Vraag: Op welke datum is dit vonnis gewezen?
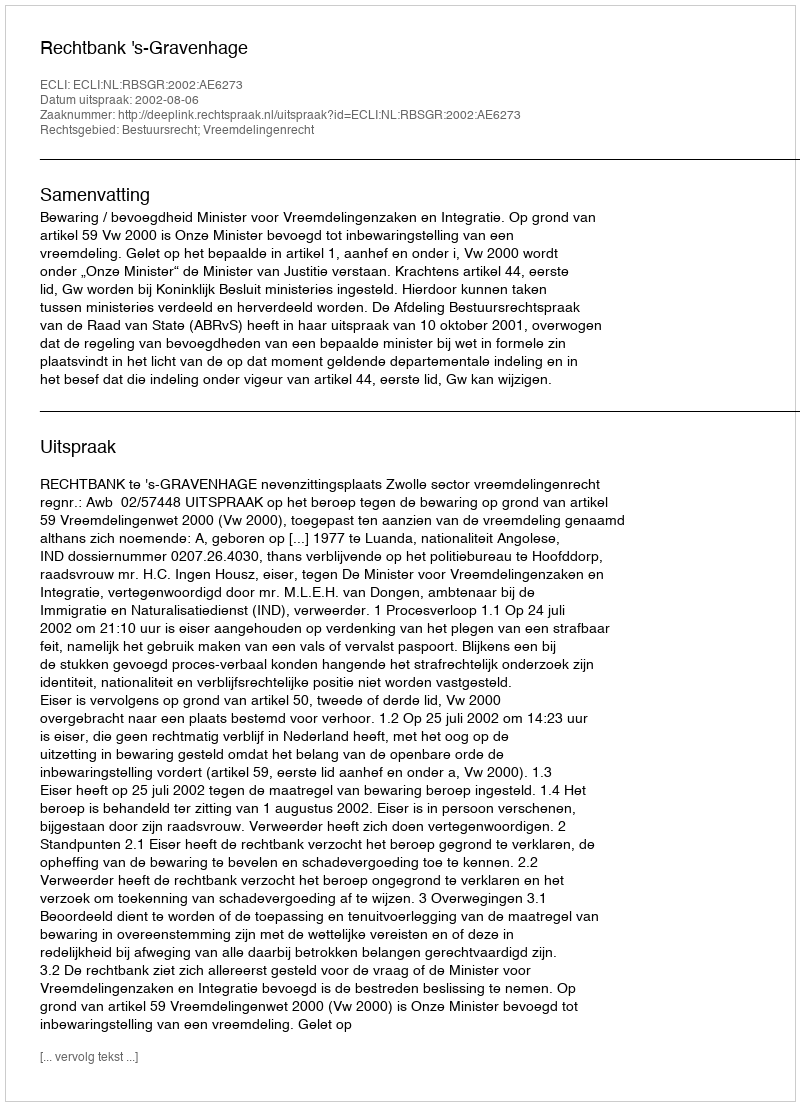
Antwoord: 2002-08-06